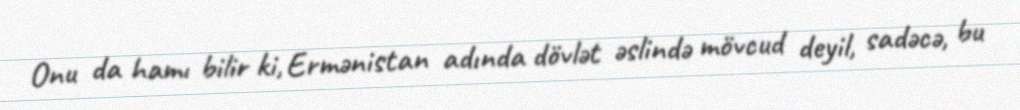
Onu da hamı bilir ki, Ermənistan adında dövlət əslində mövcud deyil, sadəcə, bu